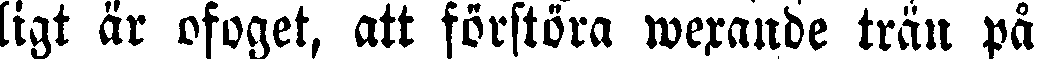
ligt är ofoget, att förstöra wexande trän på